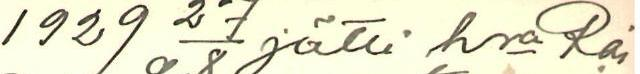
1929  27/8 jätti hra Rai